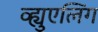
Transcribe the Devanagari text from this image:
व्ह्युएलिंग